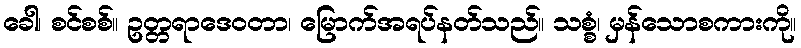
ခေါ၊ စင်စစ်။ ဥတ္တရာဒေဝတာ၊ မြောက်အရပ်နတ်သည်။ သစ္စံ၊ မှန်သောစကားကို။